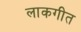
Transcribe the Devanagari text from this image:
लाकगीत